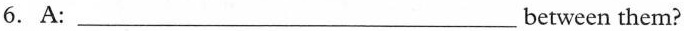
6. A: ___between them?